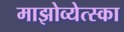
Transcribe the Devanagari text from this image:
माझोव्येत्स्का